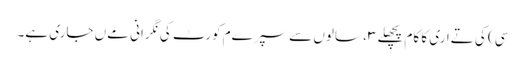
سی) کی تےاری کا کام پچھلے ۳، سالوں سے سپرےم کورٹ کی نگرانی مےں جاری ہے۔